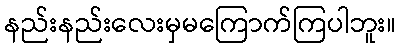
နည်းနည်းလေးမှမကြောက်ကြပါဘူး။